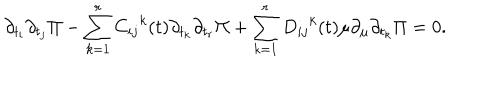
\partial _ { t _ { i } } \partial _ { t _ { j } } \Pi - \sum _ { k = 1 } ^ { r } { C _ { i j } } ^ { k } ( t ) \partial _ { t _ { k } } \partial _ { t _ { r } } \Pi + \sum _ { k = 1 } ^ { r } { D _ { i j } } ^ { k } ( t ) \mu \partial _ { \mu } \partial _ { t _ { k } } \Pi = 0 .